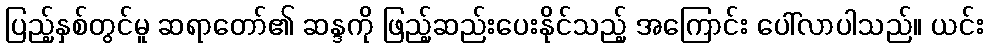
ပြည့်နှစ်တွင်မူ ဆရာတော်၏ ဆန္ဒကို ဖြည့်ဆည်းပေးနိုင်သည့် အကြောင်း ပေါ်လာပါသည်။ ယင်း